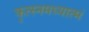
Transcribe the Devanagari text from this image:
कृत्स्नमध्यात्मं